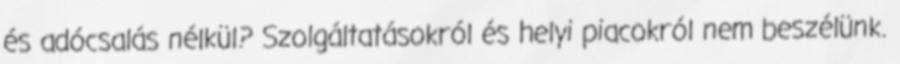
és adócsalás nélkül? Szolgáltatásokról és helyi piacokról nem beszélünk.